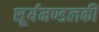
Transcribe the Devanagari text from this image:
सूर्यमण्डलकी